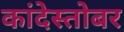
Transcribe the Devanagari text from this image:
कांदेस्तोबर